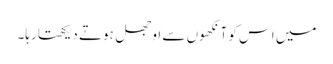
میں اس کو آنکھوں سے اوجھل ہوتے دیکھتا رہا۔